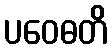
ပဝေဓတိ